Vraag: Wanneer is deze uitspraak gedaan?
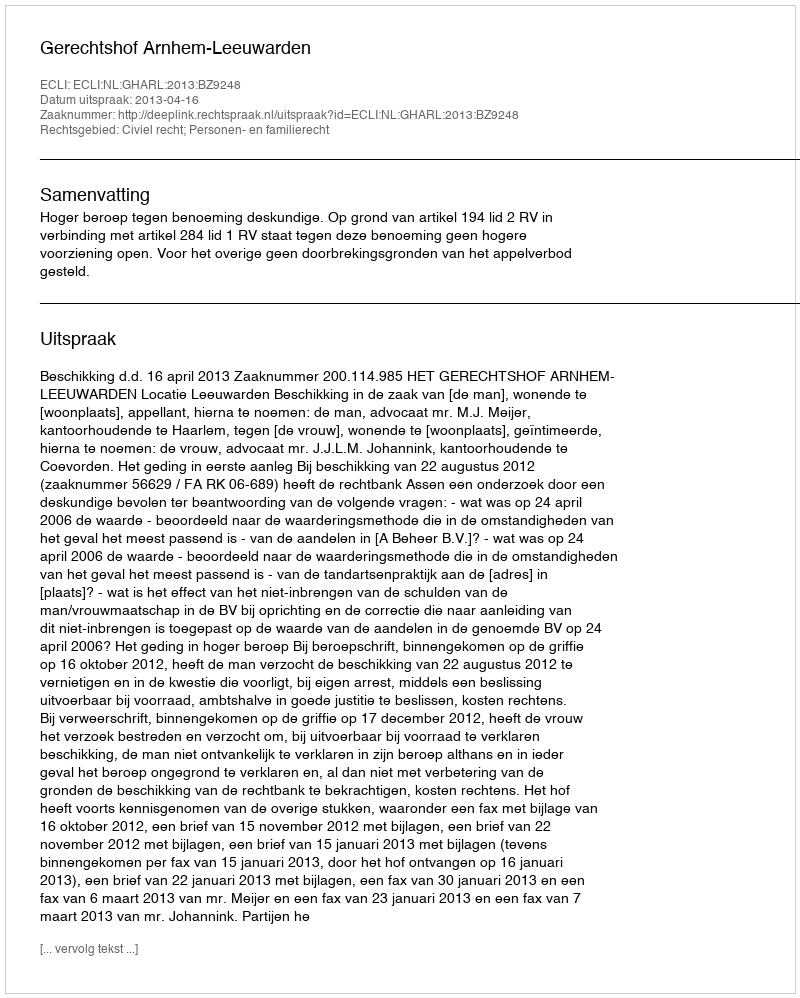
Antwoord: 2013-04-16